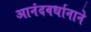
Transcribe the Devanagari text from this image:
आनंदवर्धानाने